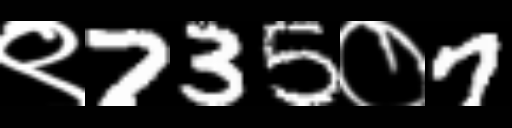
Text: ९735०7